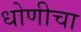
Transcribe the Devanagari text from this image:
धोणीचा